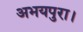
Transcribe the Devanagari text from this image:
अभयपुरा।